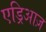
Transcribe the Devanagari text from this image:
एड्रिआज़